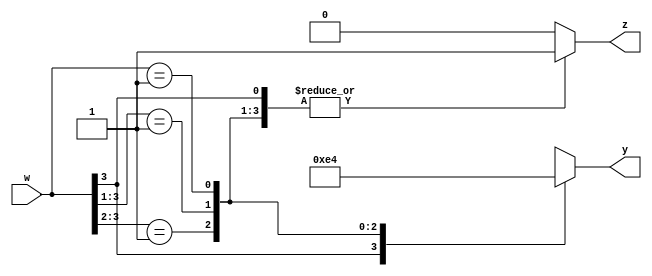
module enc4to2priority(w, y, z);
input [3:0] w;
output reg [1:0] y;
output reg z;

always @(*) begin
    z=1;
    casex (w)
        4'b1xxx:y=3;
        4'b01xx:y=2;
        4'b001x:y=1;
        4'b0001:y=0; 
        default:
        begin
            z=0;
            y=2'bxx;
        end
    endcase
end
endmodule